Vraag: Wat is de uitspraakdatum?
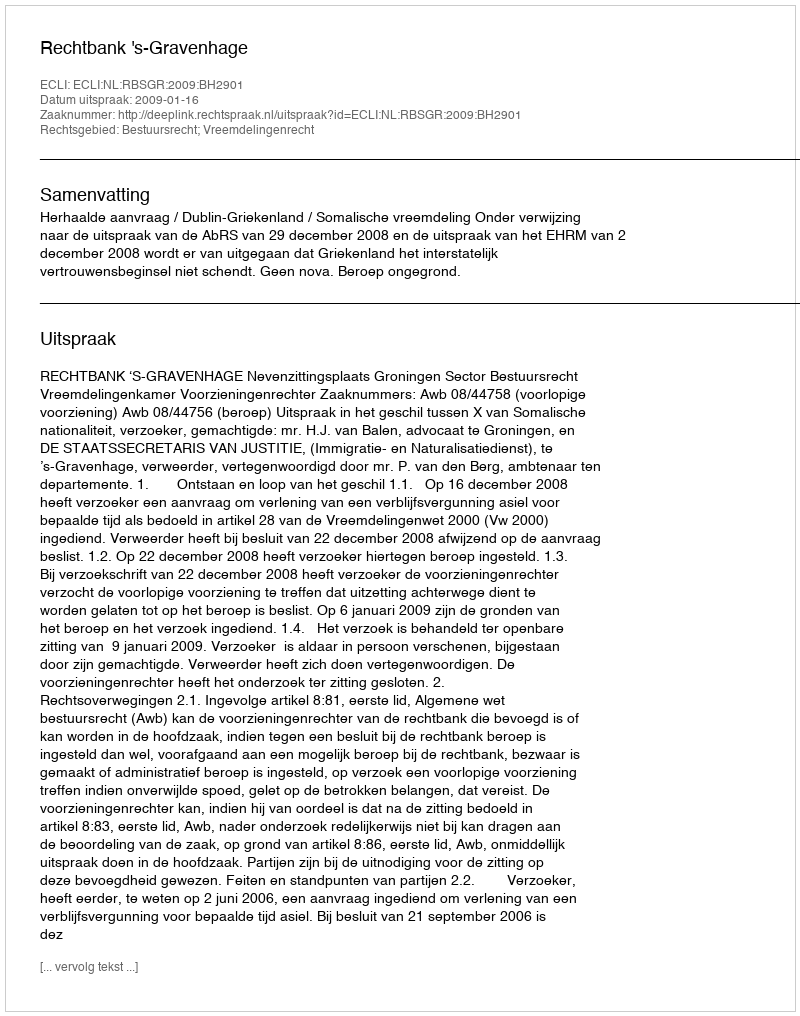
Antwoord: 2009-01-16